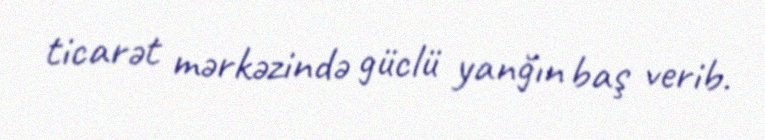
ticarət mərkəzində güclü yanğın baş verib.